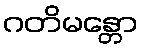
ဂတိမန္တော